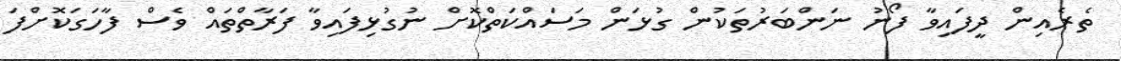
ތެރެއިން ދީފައިވާ ފޯނު ނަންބަރުތަކުން ގުޅަން މަސައްކަތްކޮށް ނުގުޅިފައިވާ ފަރާތްތައް ވެސް ފާހަގަކޮށްފަ